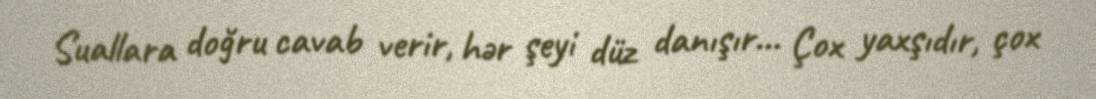
Suallara doğru cavab verir, hər şeyi düz danışır… Çox yaxşıdır, çox